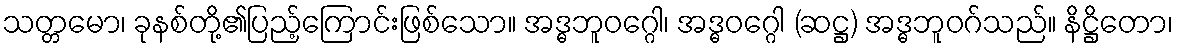
သတ္တမော၊ ခုနစ်တို့၏ပြည့်ကြောင်းဖြစ်သော။ အဒ္ဓဘူဝဂ္ဂေါ၊ အဒ္ဓဝဂ္ဂေါ (ဆဋ္ဌ) အဒ္ဓဘူဝဂ်သည်။ နိဋ္ဌိတော၊